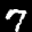
Label: 7